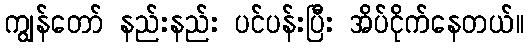
ကျွန်တော် နည်းနည်း ပင်ပန်းပြီး အိပ်ငိုက်နေတယ်။